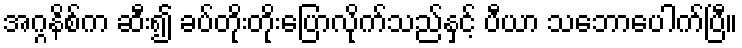
အဂ္ဂနိစ်က ဆီး၍ ခပ်တိုးတိုးပြောလိုက်သည်နှင့် ပီယာ သဘောပေါက်ပြီ။